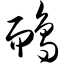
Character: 鸸